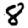
Digit: 8